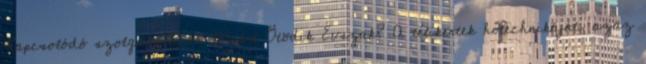
Kapcsolódó szolgáltatások Miért Ötödik Évszak? A télikertek hőtechnikáját, azaz